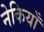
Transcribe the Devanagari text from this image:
नेकियाँ